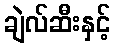
ချဲလ်ဆီးနှင့်